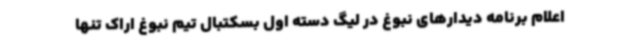
اعلام برنامه دیدارهای نبوغ در لیگ دسته اول بسکتبال تیم نبوغ اراک تنها